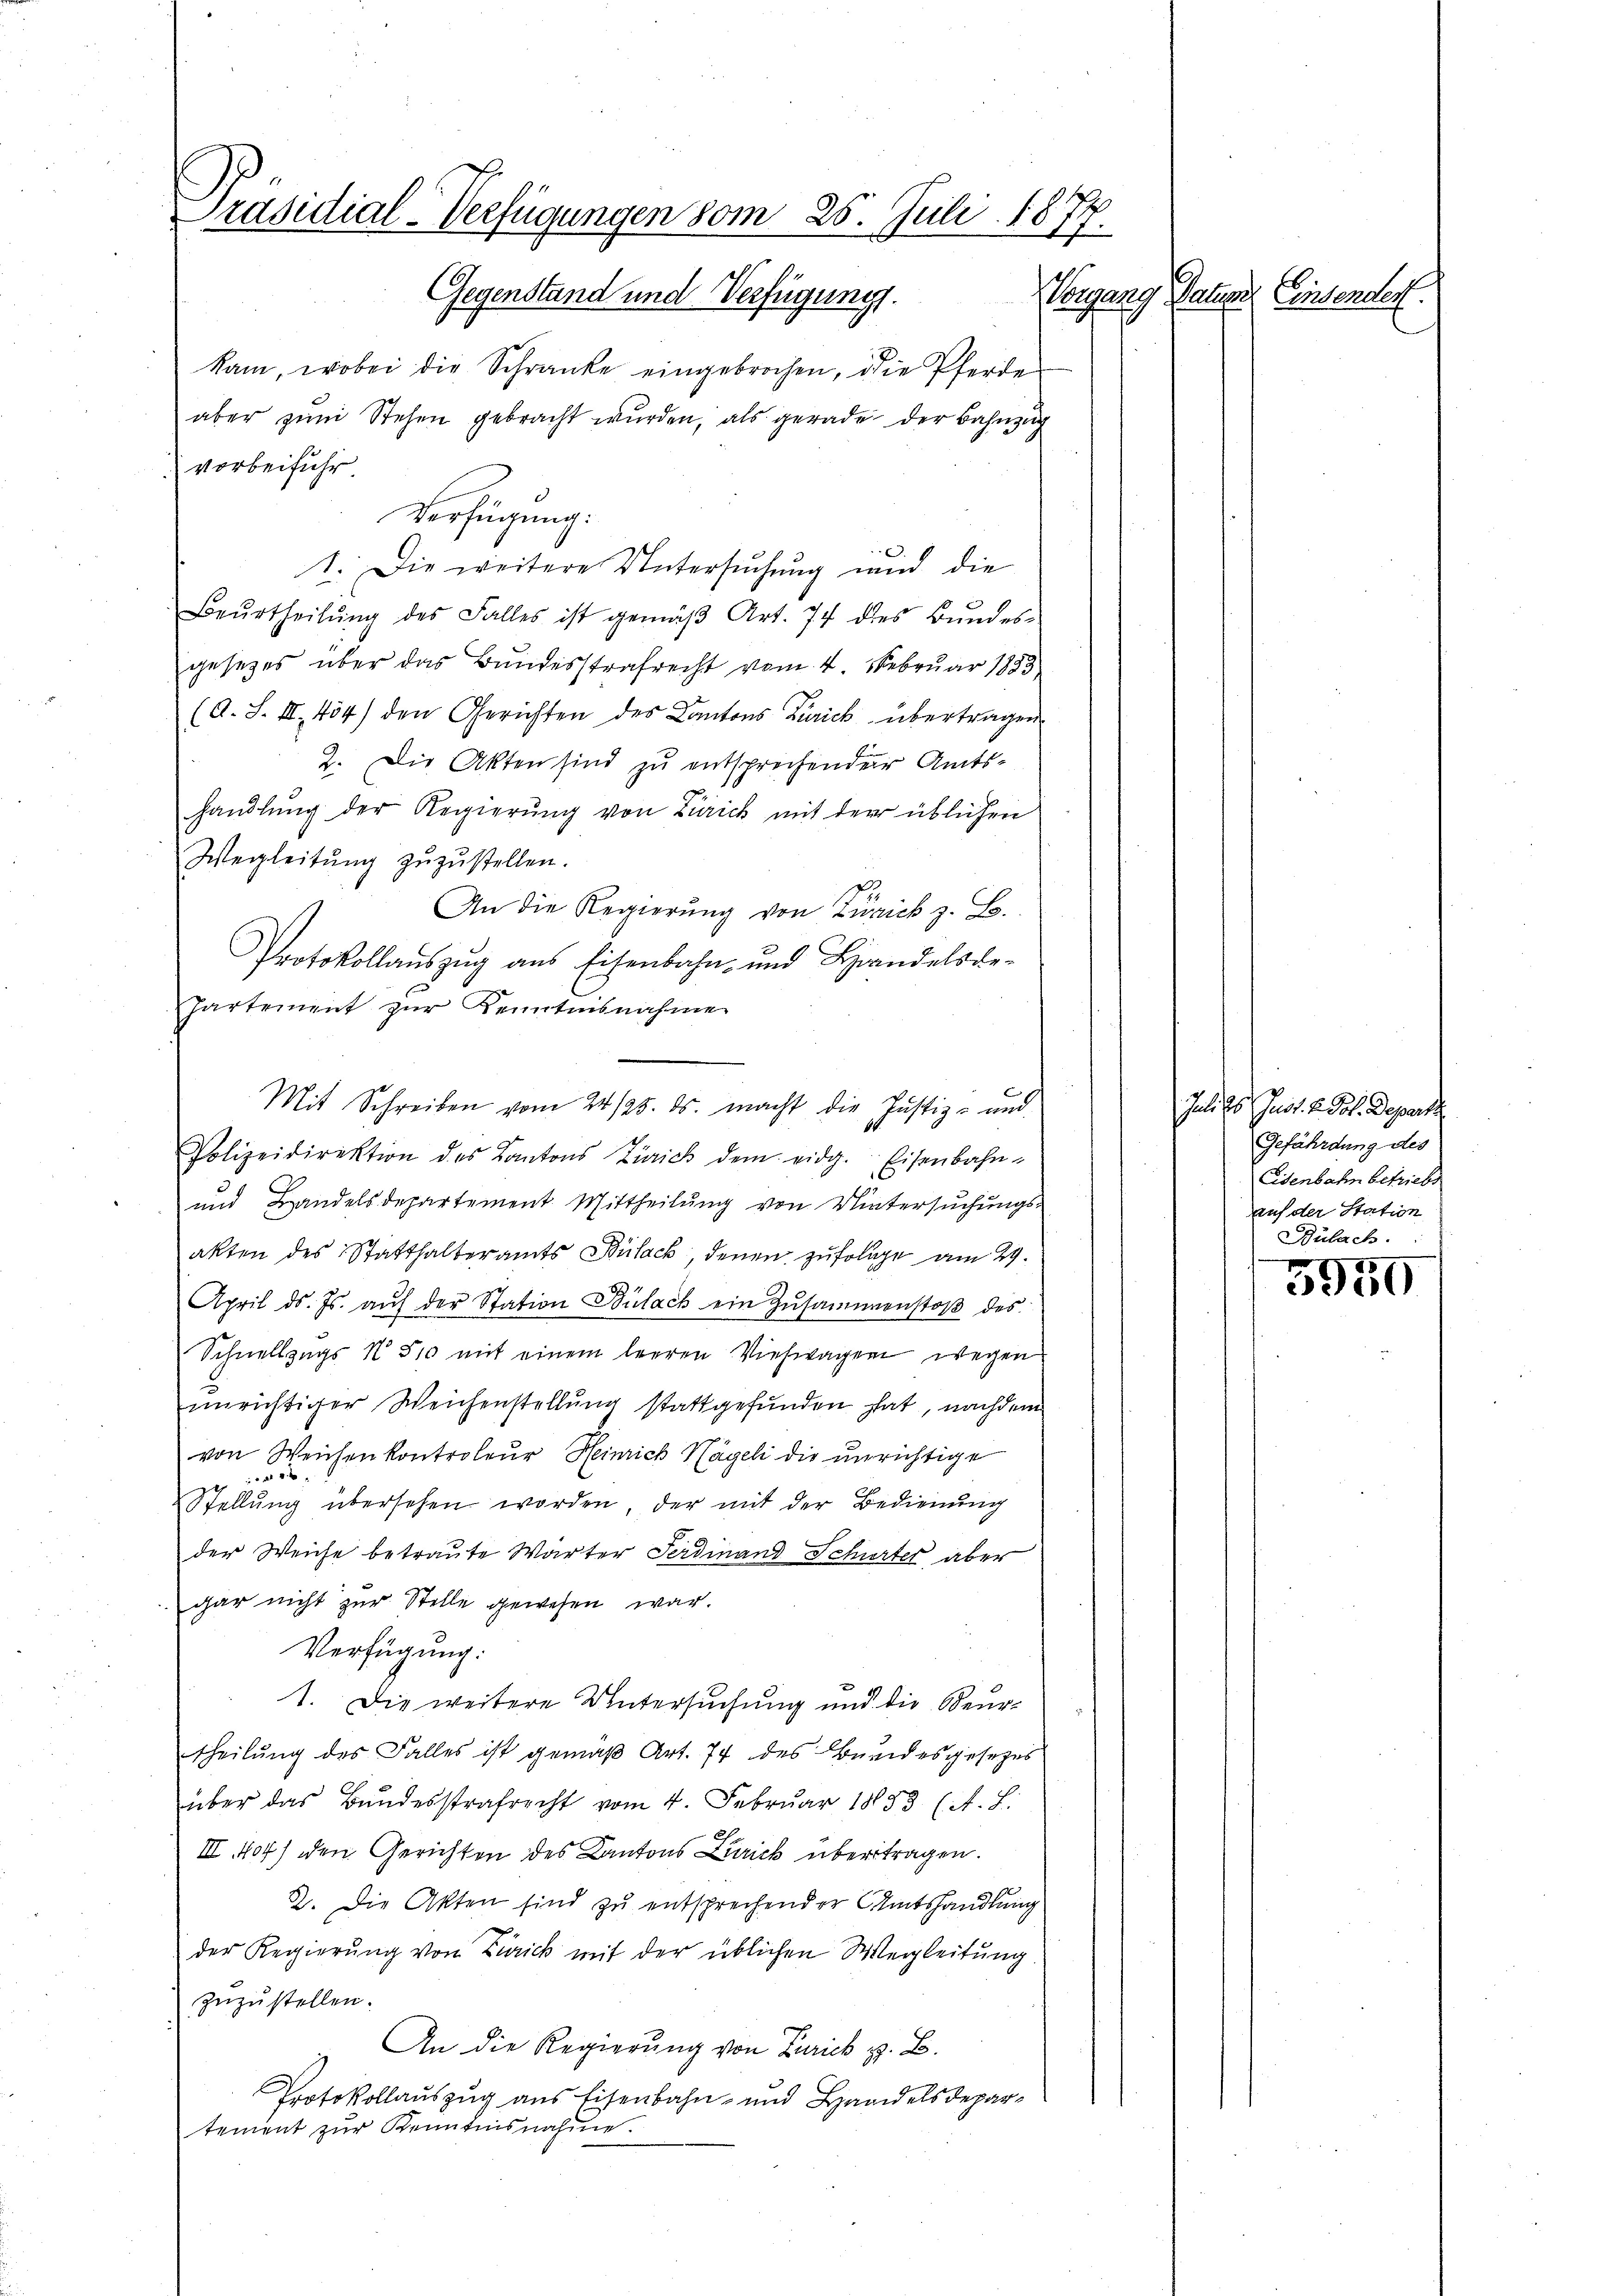
Präsidial-Verfügungen vom 25. Juli 1877.
Gegenstand und Verfügung.
Vergang Nature Einsendert

kam, wobei die Schranke eingebrochen, die Pferde
aber zum Stehen gebracht wurden, als gerade der Bahnzug
vorbeiführ
1. Die weitere Untersuchung und die
Beŭrtheilŭng des Falles ist gemäβ Art. 74 dies Bŭndes-
gesezes über das Bundesstrafrecht vom 4. Februar 1883
(A. S. III 454) den Gerichten des Cantons Zürich übertragen
2. Die Akten sind zu entsprechender Amtshandlŭng der Regierŭng von Zürich mit der üblichen
Wegleitŭng zŭzŭstellen.
An die Regierung von Zürich z. B.
Protokollaŭszŭg ans Eisenbahn- und Handelsbe-
Partement zur Kenntnisnahme
Polizeidirektion des Kantons Zürich dem eidg. Eisenbahn-
und Handelsdepartement. Mittheilŭng von Wintersŭchŭngs-
akten des Statthalteramts Bülack, denen zufolge am 29.
April d. Js. aŭf der Station Bülach ein Zŭsammenstoβ des
Schnellzugs N. 510 mit einem leeren Viehwagen wegen
unrichtiger Weichenstellung stattgefunden hat, nachdem
von Weichen kontroleur Heinrich Nägeli die unrichtige
 war,
Stellŭng übersehen worden, der mit der Bedienŭng
der Weiche betraute Wärter Ferdinand Schurter aber
gar nicht zur Stelle gewesen war.
Verfügung:
1. Die weitere Untersuchung und die Beurtheilung des Falles ist gemäß Art. 74 des Bundesgesetzes
über das Bŭndesstrafrecht vom 4. Febrŭar 1883 (A. L.
III. 404) den Gerichten des Kantons Zürich übertragen.
2. Die Akten sind zu entsprechender Amtshandlung
der Regierung von Zinick mit der üblichen Wegleitung
zuzustellen.
An die Regierŭng von Zürich z. B.
Protokollauszug aus Eisenbahn- und Handelsdepartement zŭr Kenntnisnahme.

Verfügung:

Mit Schreiben vom 24./25. ds. macht die Justiz- und

Juli les Just. B. Pot. Departe
Gefährdung des
Eisenbahn betriebs
auf der Station
Bülach.

5950